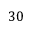
3 0